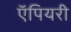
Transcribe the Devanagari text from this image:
ऍपियरी